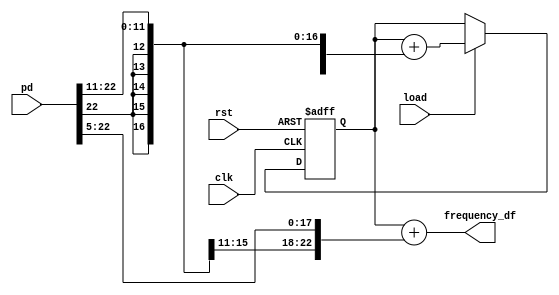
//LoopFilter.v
module LoopFilter (
	rst,clk,load,pd,
	frequency_df); 
	
	input	rst;    //
	input	clk;    //FPGA49.6MHz
	input load;   //
	input	 signed [22:0]	pd;            //
	output signed [22:0]	frequency_df;  //
	
	
	reg signed [22:0] sum_z1;
   wire signed [22:0] sum;
	always @(posedge clk or posedge rst)
		if (rst)
			sum_z1 <=23'd0;
		else
			if (load)
				sum_z1 <= sum;

	assign sum = sum_z1 + {{11{pd[22]}},pd[22:11]};        //c2;
   assign frequency_df = sum_z1 + {{5{pd[22]}},pd[22:5]}; //c1	


endmodule